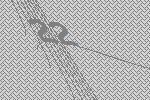
22